Cholera in southern India
Disease focus: Cholera
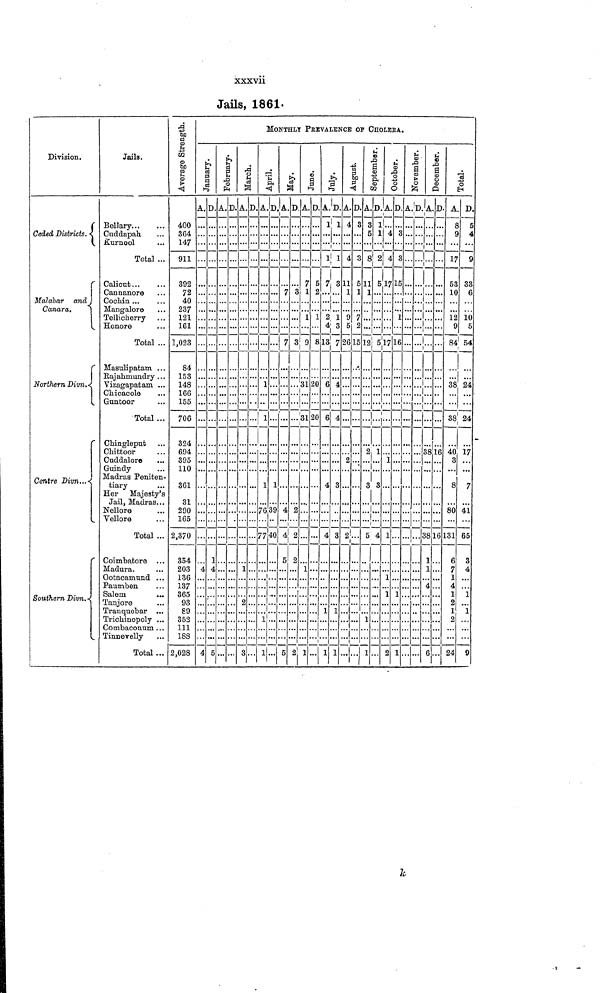
xxxvii
Jails, 1861.
Division.
Ceded Districts.
r
Malabar and
Canara.
r
Northern Divn.
r
Centre Divn..
Southern Divn.
Jails.
Bellary
Cuddapah
Kurnool
Total ...
Calicut...
Cannanore
Cochin ...
Mangalore
Tellicherry
Honore
Total ...
Masulipatam ...
Rajahmundry ...
Vizagapatam ...
Chicacole
Guntoor
Total ...
Chingleput
Chittoor
Cuddalore
Guindy
Madras Peniten-
tiary
Her Majesty's
Jail, Madras...
Nellore
Vellore
Total ...
Coimbatore ...
Madura.
Ootacamund ...
Paumben
Salem
Tanjore
Tranquebar ...
Trichinopoly ...
Combaconum ...
Tinnevelly
Total ...
Average Strength.
400
364
147
911
392
72
40
237
121
161
1,023
84
153
148
166
155
706
324
694
395
110
361
31
290
165
2,370
354
203
136
137
365
93
89
352
111
188
2,028
J anuar y
A.
4
4
D.
1
4
5
February.
A.
...
D.
MONTHLY PREVALENCE OF CHOLERA.
March.
A.
1
2
3
D
April.
A
...
1
1
1
76
77
1
1
D
1
39
40
May.
A.
7
7
4
4
5
5
D.
3
3
2
2
?,
2
June.
A
7
1
1
9
31
31
1
1
D.
5
2
1
8
20
20
July.
A
1
1
7
...
2
4
13
6
6
4
4
1
1
D.
1
1
3
...
1
3
7
4
4
o
3
1
1
August.
A.
4
4
11
1
9
5
26
2
2
D
3
•
5
1
7
2
lo
Sept ember .
A
3
5
8
11
1
12
?,
3
..
D
1
1
2
5
5
• ••
1
3
5 4
1
1
October.
A
4
4
17
17
1
1
1
1
2
D
c
3
15
1
16
1
1
November.
A
De c
e
mb e
r.
A.
...
38
38
1
1
4
6
D
16
16
Total.
A
8
S
17
53
10
12
9
84
38
38
40
3
8
80
31
6
7
1
4
1
2
1
o
24
D.
4
33
6
10
5
54
24
24
17
7
41
65
3
4
1
1
9